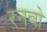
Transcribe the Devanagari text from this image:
रनबो